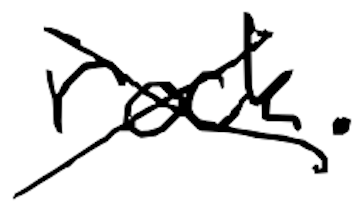
Text: rock.
Cross-out: mix
Writing tool: digital_black